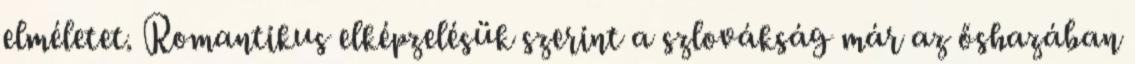
elméletet. Romantikus elképzelésük szerint a szlovákság már az őshazában